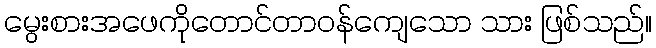
မွေးစားအဖေကိုတောင်တာဝန်ကျေသော သား ဖြစ်သည်။